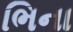
ભિના